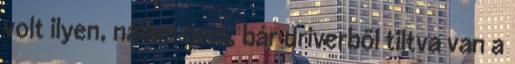
volt ilyen, nálam nem, bár driverből tiltva van a